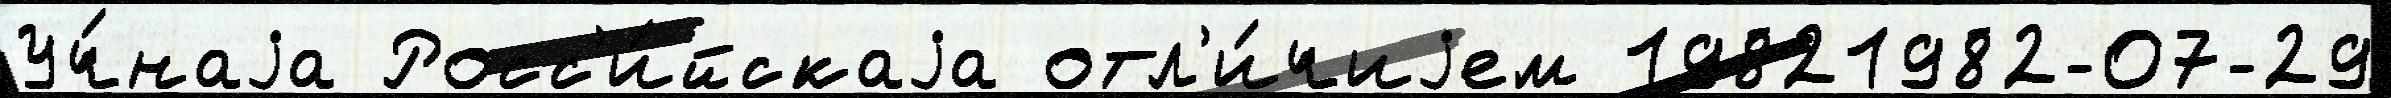
Уч́наjа Росс'и́йскаjа отл'и́чиjем 19821982-07-29